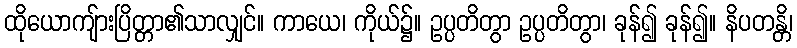
ထိုယောကျ်ားပြိတ္တာ၏သာလျှင်။ ကာယေ၊ ကိုယ်၌။ ဥပ္ပတိတွာ ဥပ္ပတိတွာ၊ ခုန်၍ ခုန်၍။ နိပတန္တိ၊